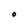
Character: O